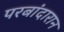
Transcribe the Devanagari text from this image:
परबांदारान